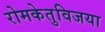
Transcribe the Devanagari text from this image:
रोमकेतुविजया